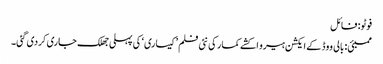
فوٹو: فائل
ممبئی: بالی ووڈ کے ایکشن ہیرو اکشے کمار کی نئی فلم ’کیساری‘ کی پہلی جھلک جاری کردی گئی۔